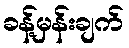
ခန့်မှန်းချက်